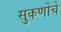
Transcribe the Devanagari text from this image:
सुकर्णोचे